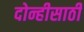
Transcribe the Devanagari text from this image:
दोन्हीसाठी